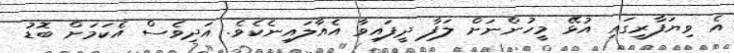
އެ ވިޔަފާރީގައި އުޅޭ މީހުންނަށް ލަފާ ދީފައިވާ އެއާލައިނެކެވެ. އަދިވެސް އެކަމަށް ބޮޑު